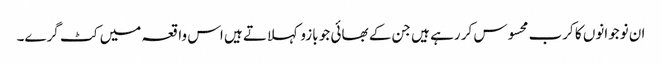
ان نوجوانوں کا کرب محسوس کر رہے ہیں جن کے بھائی جو بازو کہلاتے ہیں اس واقعہ میں کٹ گرے۔